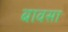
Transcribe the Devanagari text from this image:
बावसा